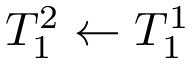
T _ { 1 } ^ { 2 } \gets T _ { 1 } ^ { 1 }